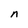
Character: n